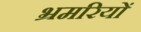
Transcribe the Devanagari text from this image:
भ्रमरियों